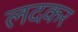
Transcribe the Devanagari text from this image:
लदकर